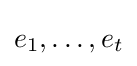
e_{1},\dots ,e_{t}